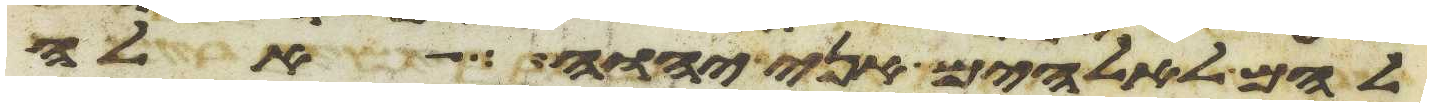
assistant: להם לאלהים אני יהוה אלה